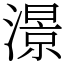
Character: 澋